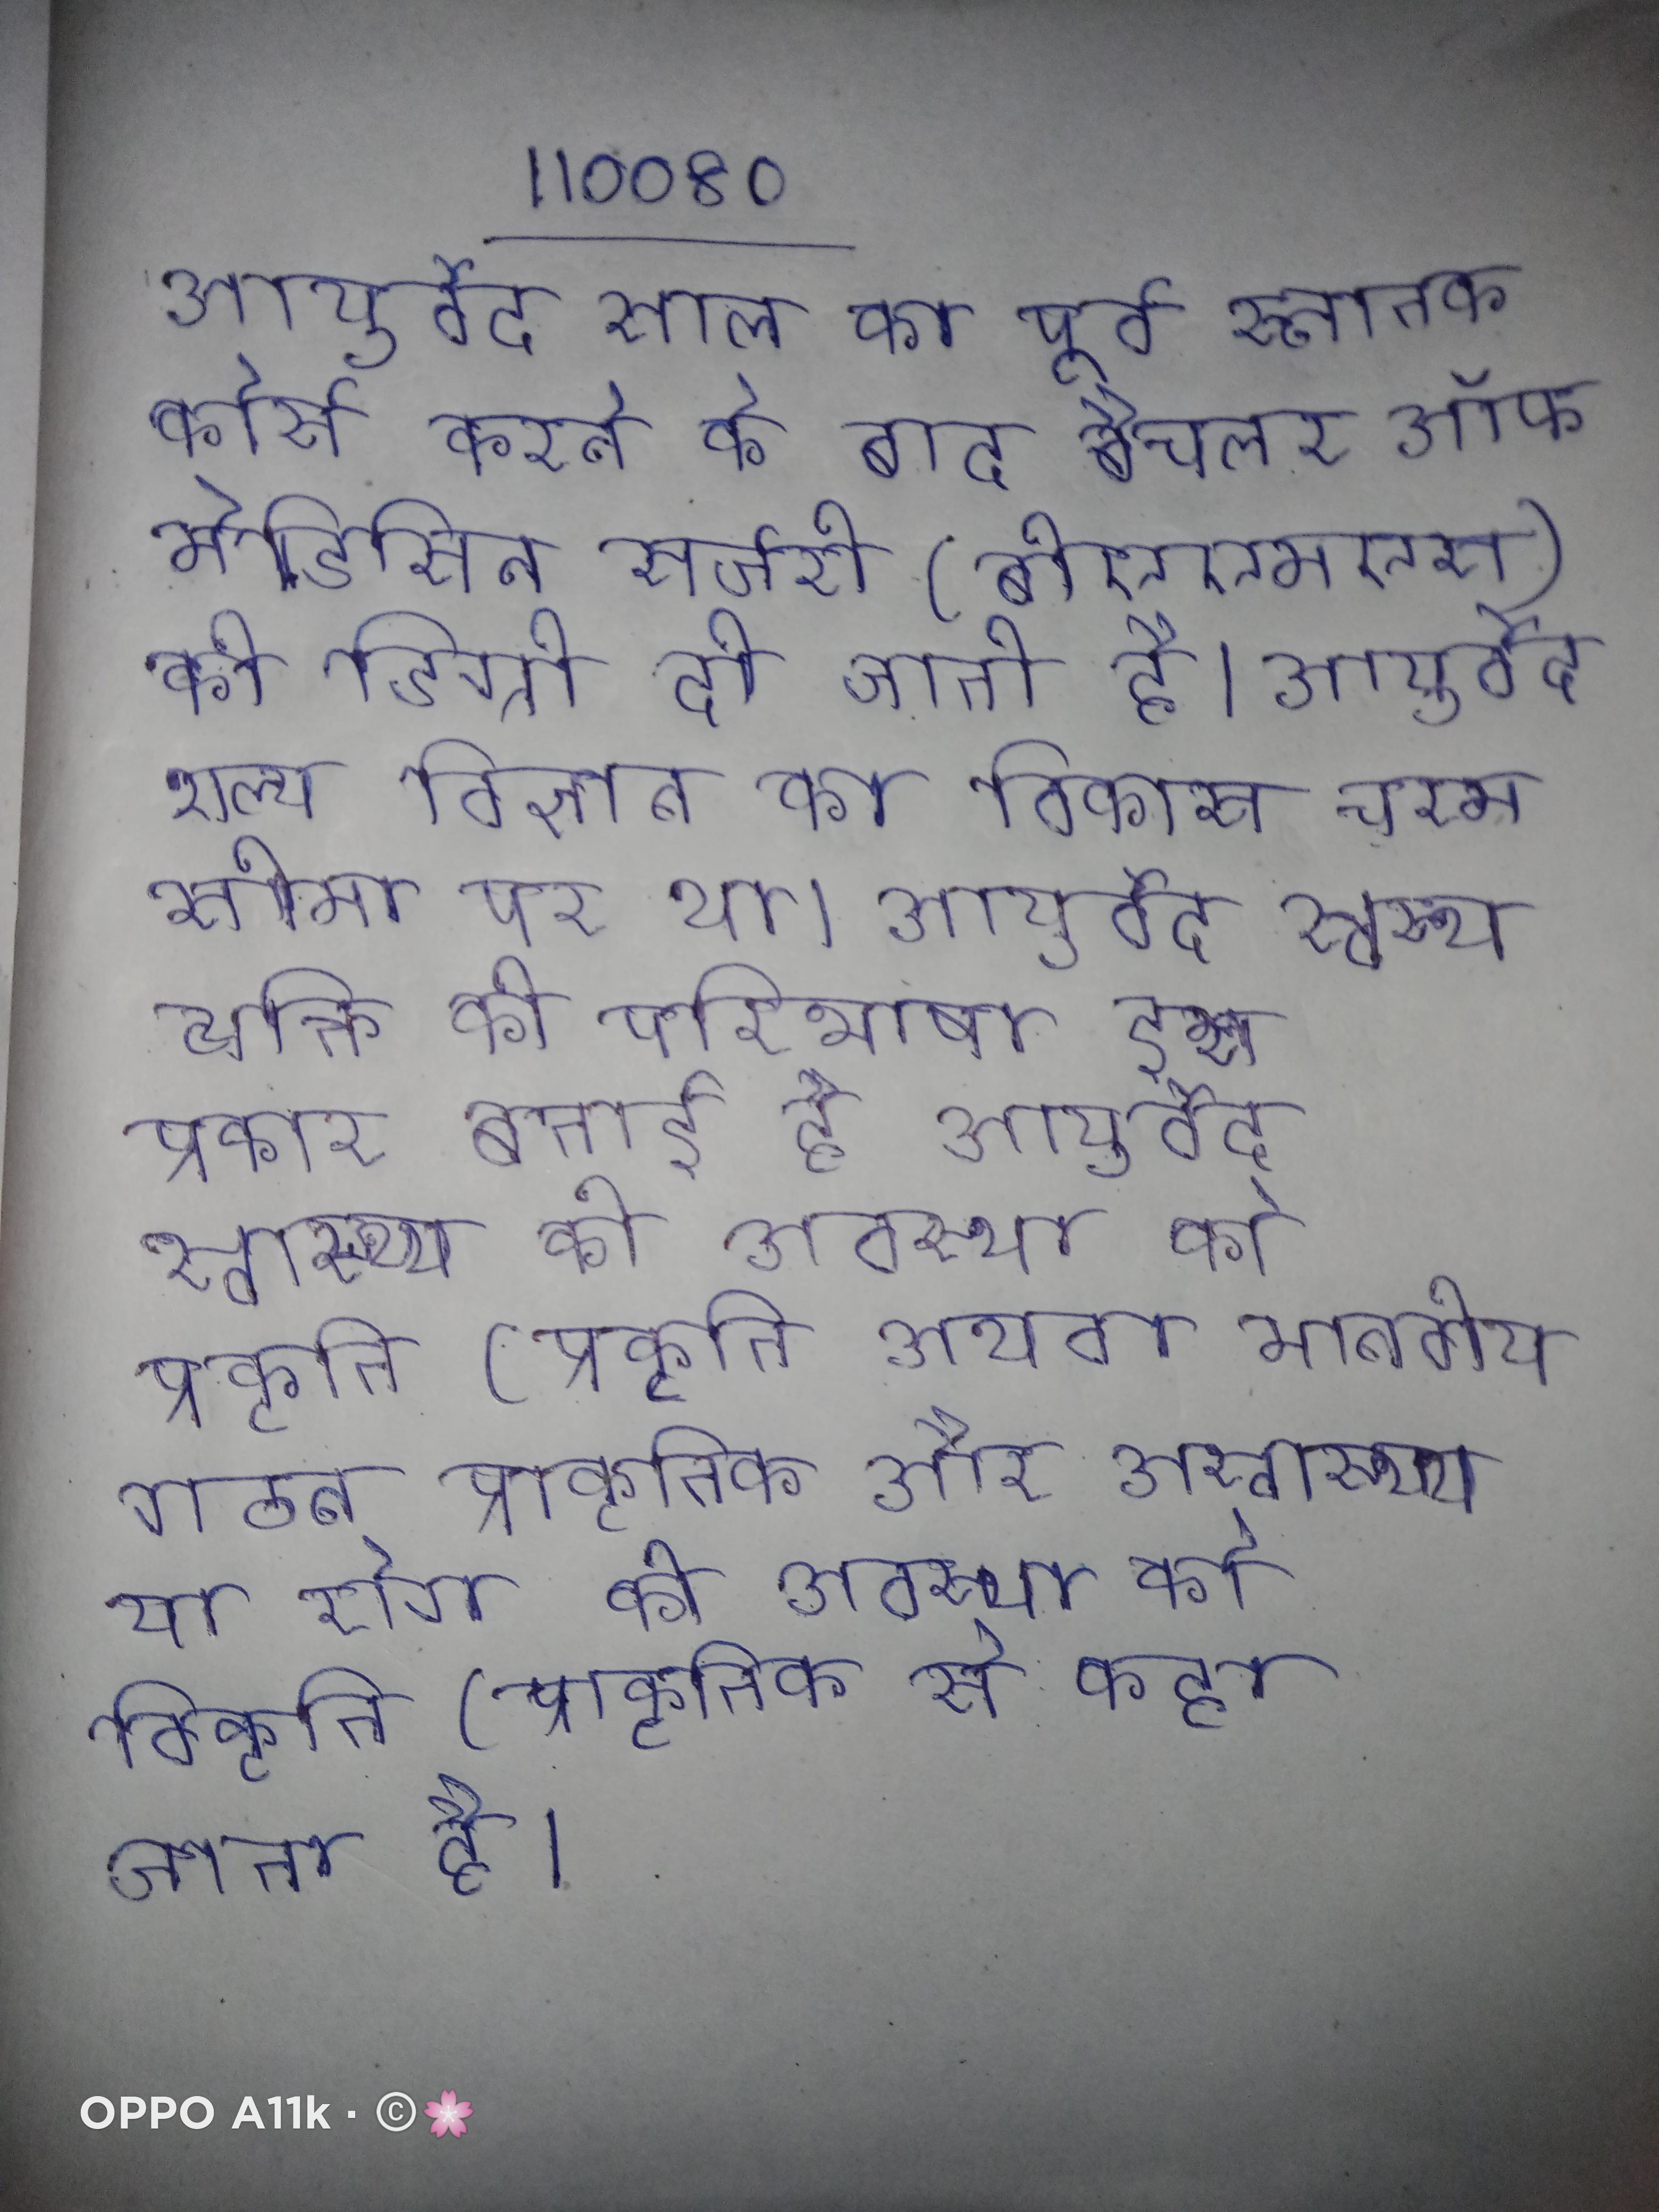
अपनी शक्तिशाली सेना के बल पर ही विजयनगर दक्षिण भारत के इतिहास का सबसे अधिक केन्द्रीय राजनीति वाला राज्य बना । अपनी शय्या सूनी होने पर कोई वेश्या दूसरी वेश्या से लज्जापूर्वक कह रही है कि "अज्ञात भाटी को ग्रहण करना चाहिए मलेच्छ गायक तरफ घूम रहे ।